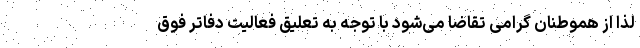
لذا از هموطنان گرامی تقاضا می‌شود با توجه به تعلیق فعالیت دفاتر فوق